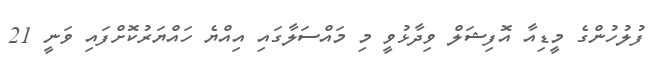
ފުލުހުންގެ މީޑިއާ އޮފިޝަލް ވިދާޅުވީ މި މައްސަލާގައި އިއްޔެ ހައްޔަރުކޮށްފައި ވަނީ 21